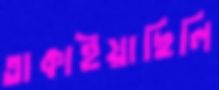
তাকাইয়াছিলি